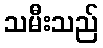
သမီးသည်